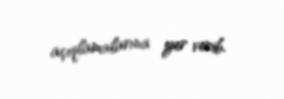
açıqlamalarına yer verib.